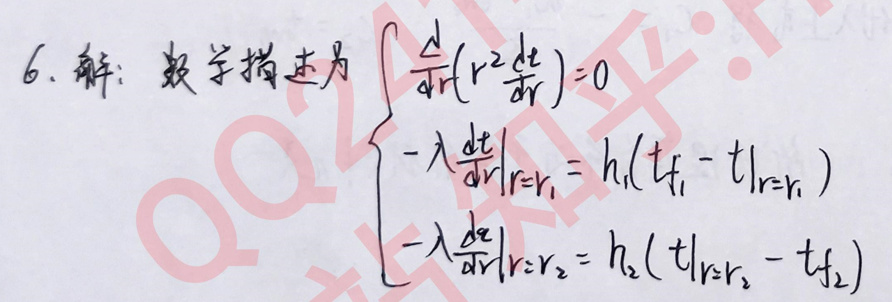
\[
\begin{cases}
\frac{d}{dr}(r^{2}\frac{dt}{dr}) = 0 \\
-\lambda\frac{dt}{dr}\big|_{r = r_{1}} = h_{1}(t_{f_{1}} - t\big|_{r = r_{1}}) \\
-\lambda\frac{dt}{dr}\big|_{r = r_{2}} = h_{2}(t\big|_{r = r_{2}} - t_{f_{2}})
\end{cases}
\]